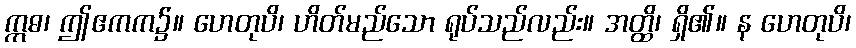
ဣဓ၊ ဤဧကက၌။ ဟေတုပိ၊ ဟိတ်မည်သော ရုပ်သည်လည်း။ အတ္ထိ၊ ရှိ၏။ န ဟေတုပိ၊